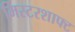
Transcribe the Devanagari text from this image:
मिस्टरशाफ्ट